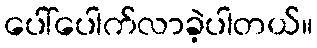
ပေါ်ပေါက်လာခဲ့ပါတယ်။